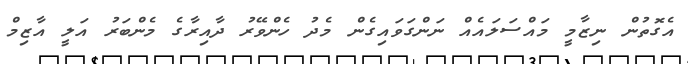
އެގޮތުން ނިޒާމީ މައްސަލައެއް ނަންގަވައިގެން މެދު ހެންވޭރު ދާއިރާގެ މެންބަރު އަލީ އާޒިމް